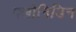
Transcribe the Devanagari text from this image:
क्लोनिडिन